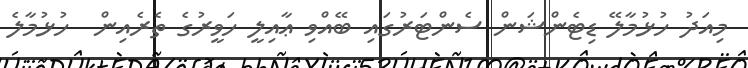
މިއަދު ހުޅުމާލޭ ޑިޓެންޝަން ސެންޓަރުގައި ބޭއްވި ޢާއިލީ ހަވީރުގެ ތެރެއިން  ހުޅުމާލެ